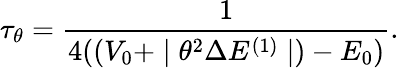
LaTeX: \tau_{\theta}=\frac{1}{4((V_{0}+\mid\theta^{2}\Delta E^{(1)}\mid)-E_{0})}.